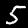
Digit: 5